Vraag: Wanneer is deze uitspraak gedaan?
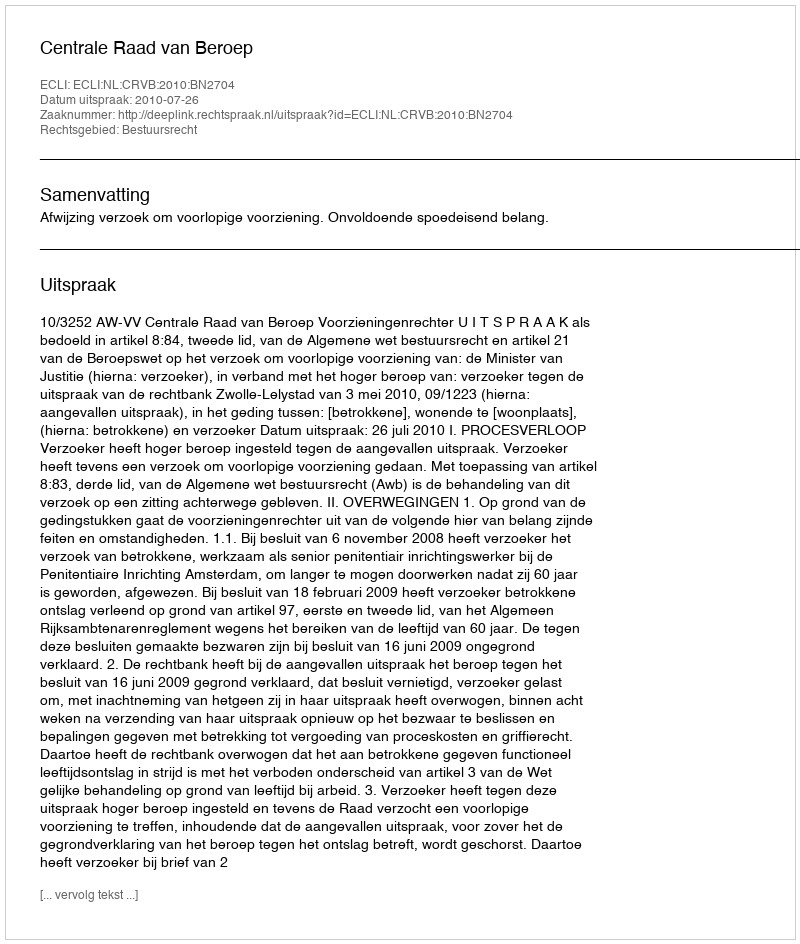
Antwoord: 2010-07-26